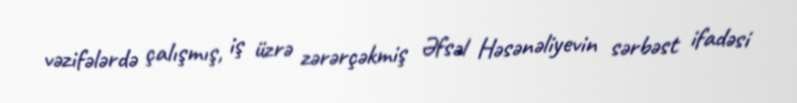
vəzifələrdə çalışmış, iş üzrə zərərçəkmiş Əfsəl Həsənəliyevin sərbəst ifadəsi